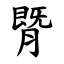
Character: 䐴